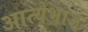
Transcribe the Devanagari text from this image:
आत्येभाऊ